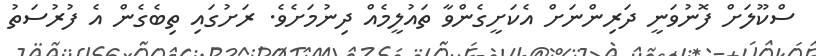
ސްކޫލަށް ފޮނުވަނީ ދަރިންނަށް އެކަށީގެންވާ ތައުލީމެއް ދިނުމަށެވެ. ރަށުގައި ތިބެގެން އެ ފުރުސަތު